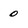
Character: 0